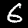
Digit: 6